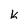
Character: k